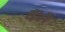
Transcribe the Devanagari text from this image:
वैंसे